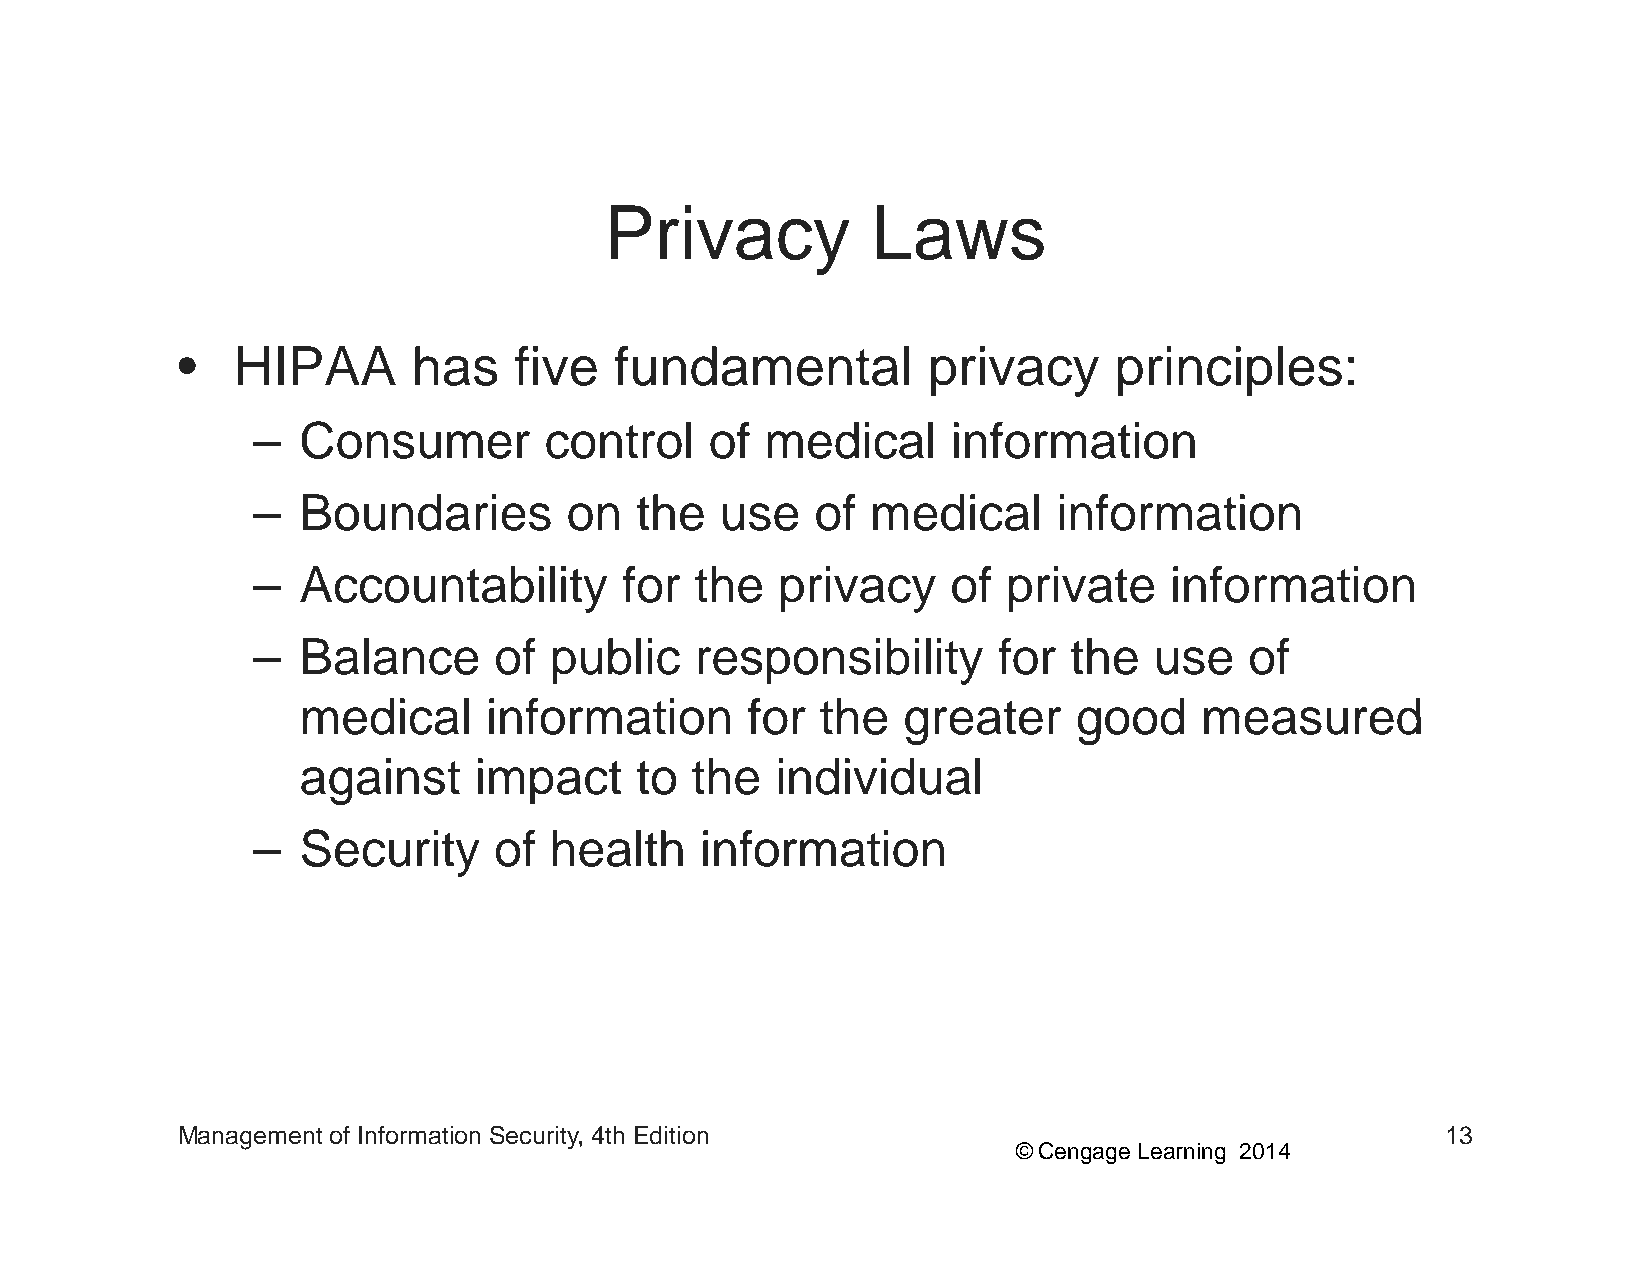
PPrriivvaaccyy    LLaawwss
 •  HIPAA       has    five   fundamental         privacyy     principles:
 –  Consumer        control    of  medical     information
 –  Boundaries       on   the   use   of  medical     information
 –  Accountability       for  the  privacy     of  private   information
 –  Balance      of public    responsibility      for  the  use    of
 mmeeddiiccaall iinnffoorrmmaattiioonn ffoorr tthhee ggrreeaatteerr ggoooodd mmeeaassuurreedd
 against    impact     to  the  individual
 –  Security     of health    information
 Management of Information Security, 4th Edition                                     13
 © Cengage Learning 2014